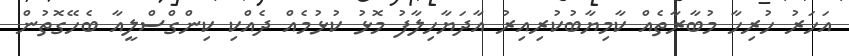
އަހަރު ހުރިހާ މުބާރާތެއް ކާމިޔާބުކުރިއިރު އާދަޔާހިލާފު މޮޅު ކުޅުމެއް ދެއްކި ކިންގްސްލީއާ ބެހޭގޮތުން